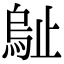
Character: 𣦑